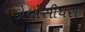
કોલોસીયસ